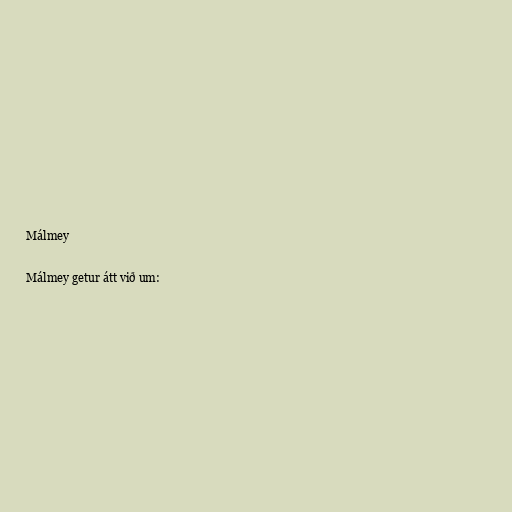
Málmey

Málmey getur átt við um: